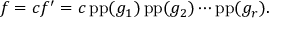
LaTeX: f = c f ^ { \prime } = c \operatorname { p p } ( g _ { 1 } ) \operatorname { p p } ( g _ { 2 } ) \cdots \operatorname { p p } ( g _ { r } ) .